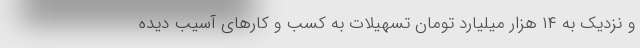
و نزدیک به ۱۴ هزار میلیارد تومان تسهیلات به کسب و کارهای آسیب دیده